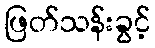
ဖြတ်သန်းခွင့်